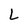
Character: L